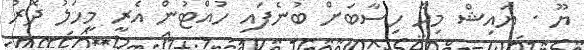
ޔޫ . ޔައިޝް މިހާ ހިސާބަށް ބުނެފައި ހުއްޓުން އެރީ މީހަލު ދޮރު